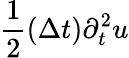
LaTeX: \frac{1}{2}(\Delta t)\partial_{t}^{2}u